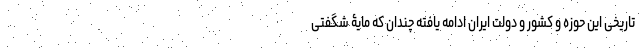
تاریخی این حوزه و کشور و دولت ایران ادامه یافته چندان که مایۀ شگفتی